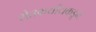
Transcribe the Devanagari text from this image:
शेतकर्यांयकडून